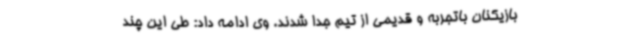
بازیکنان باتجربه و قدیمی از تیم جدا شدند. وی ادامه داد: طی این چند